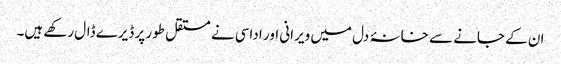
ان کے جانے سے خانۂ دل میں ویرانی اور اداسی نے مستقل طور پر ڈیرے ڈال رکھے ہیں۔